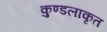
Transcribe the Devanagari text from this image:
कुण्डलाकृत